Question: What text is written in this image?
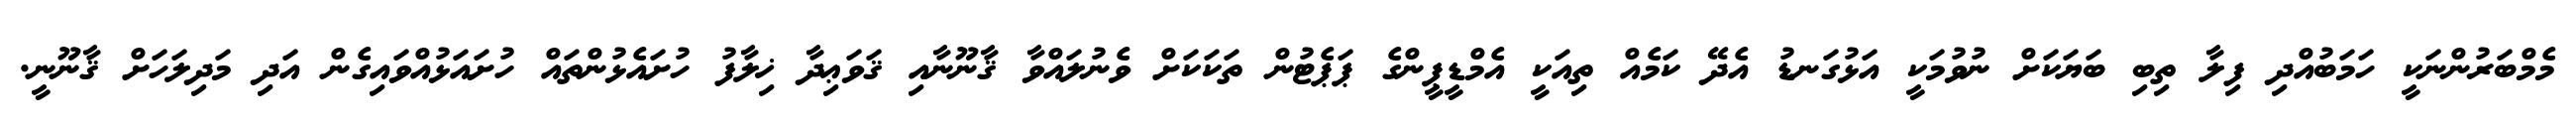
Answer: މެމްބަރުންނަކީ ހަމަބުއްދި ފިލާ ތިބި ބަޔަކަށް ނުވުމަކީ އަޅުގަނޑު އެދޭ ކަމެއް ތިއަކީ އެމްޑީޕީންގެ ޕަޕެޓުން ތަކަކަށް ވެނުލައްވާ ޤާނޫނާއި ޤަވަޢިދާ ޚިލާފު ހުށައެޅުންތައް ހުށައަޅުއްވައިގެން އަދި މަދިލަހަށް ޤާނޫނީ.